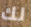
لك